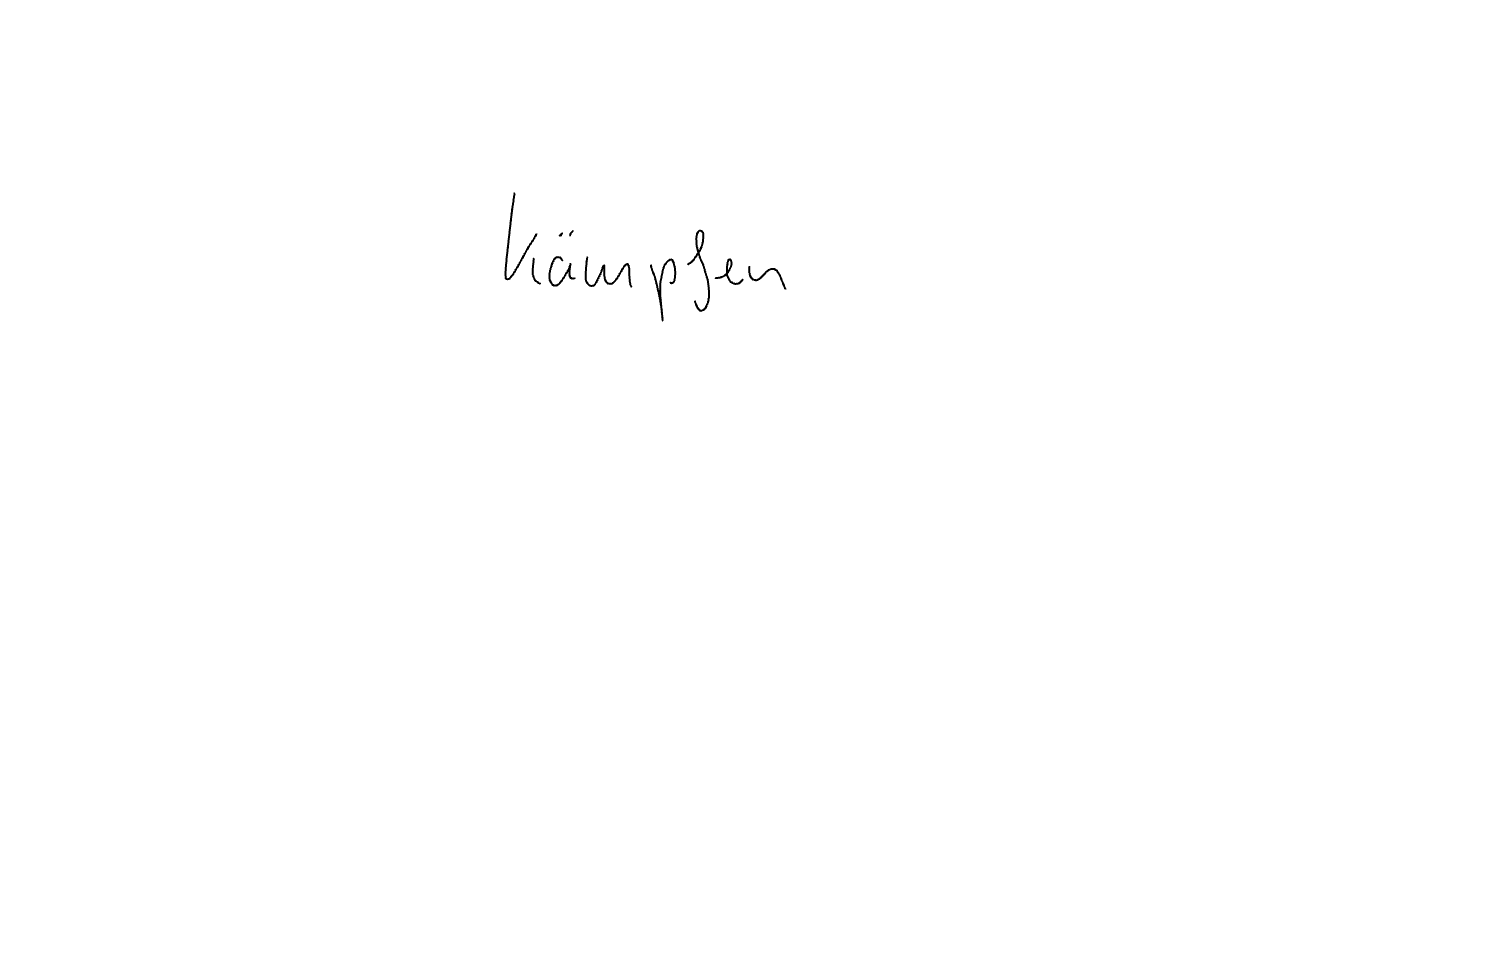
Text: kämpfen